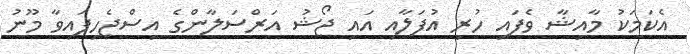
އެކަމަކު މާއިޝާ ވެފައި ހުރި އުފަލާއި އައި ޖޯޝު އަރްސަލާންގެ އިސްޖެހިފައިވާ މޫނު